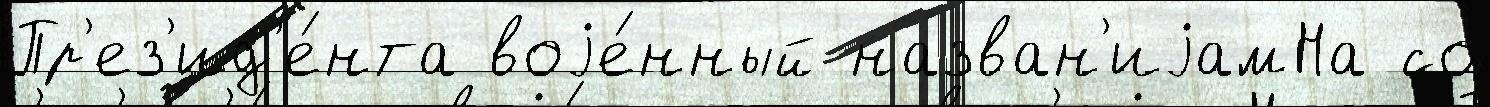
Пр'ез'ид'е́нта воjе́нный назван'иjамНа со